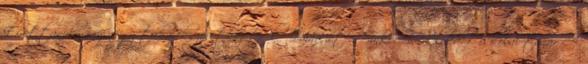
Esettanulmány négy takarékszövetkezetről. Témavezető: Sinkovics Alfréd, főiskolai tanár A